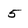
Character: 5